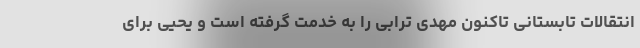
انتقالات تابستانی تاکنون مهدی ترابی را به خدمت گرفته است و یحیی برای